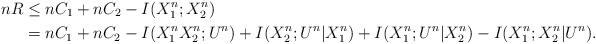
\begin{align*}nR&\leq nC_1+nC_2 -I(X_1^n;X_2^n)\\&= nC_1+nC_2 -I(X_1^nX_2^n;U^n)+I(X_2^n;U^n|X_1^n)+I(X_1^n;U^n|X_2^n)-I(X_1^n;X_2^n|U^n).\end{align*}